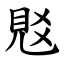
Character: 覐